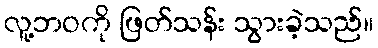
လူ့ဘဝကို ဖြတ်သန်း သွားခဲ့သည်။